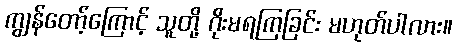
ကျွန်တော့်ကြောင့် သူတို့ ဂိုးမရကြခြင်း မဟုတ်ပါလား။